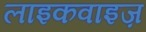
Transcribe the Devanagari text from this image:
लाइकवाइज़